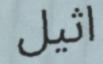
اثيل